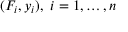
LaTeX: ( F _ { i } , y _ { i } ) , \ i = 1 , \dots , n